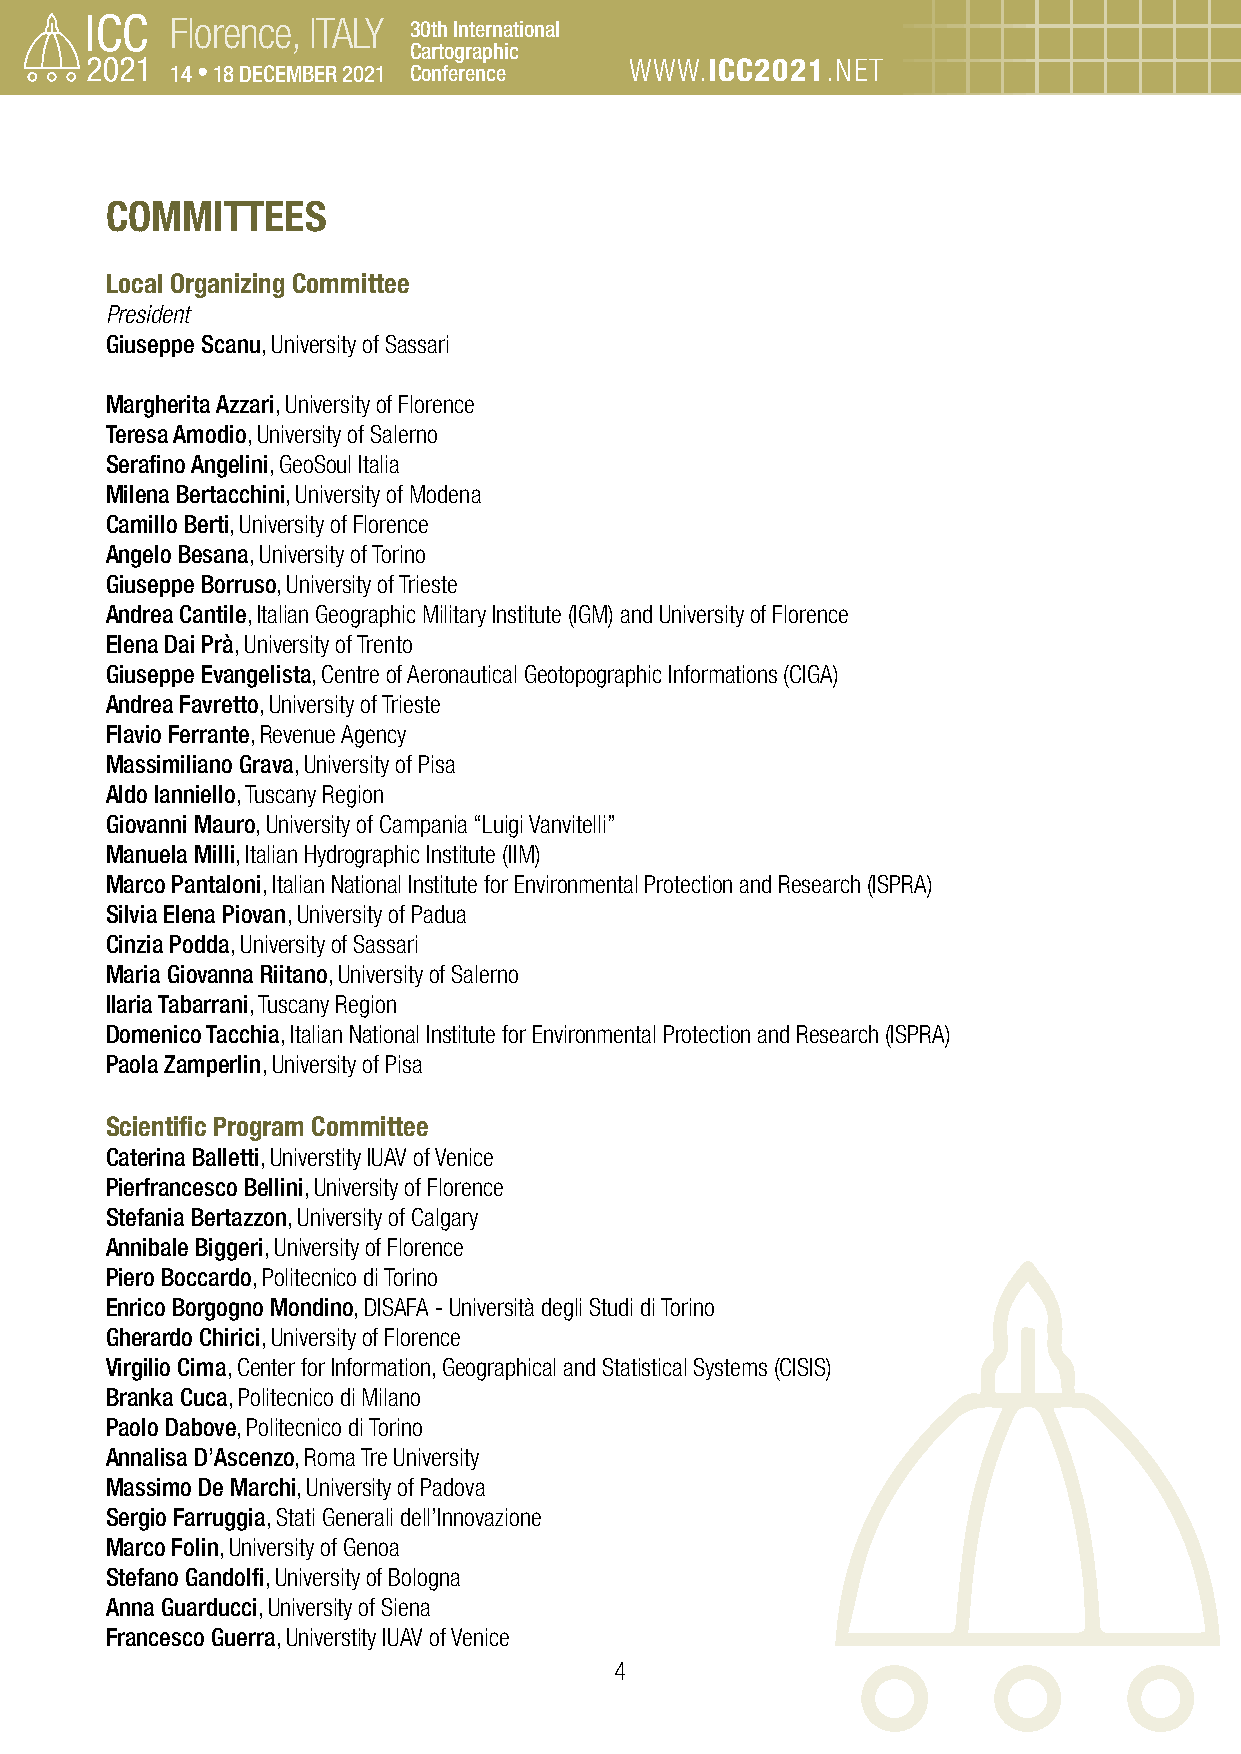
Florence, ITALY 30th International
 Cartographic
 14 • 18 DECEMBER 2021 Conference WWW.ICC2021.NET
 COMMITTEES
 Local Organizing Committee
 President
 Giuseppe Scanu, University of Sassari
 Margherita Azzari, University of Florence
 Teresa Amodio, University of Salerno
 Serafino Angelini, GeoSoul Italia
 Milena Bertacchini, University of Modena
 Camillo Berti, University of Florence
 Angelo Besana, University of Torino
 Giuseppe Borruso, University of Trieste
 Andrea Cantile, Italian Geographic Military Institute (IGM) and University of Florence
 Elena Dai Prà, University of Trento
 Giuseppe Evangelista, Centre of Aeronautical Geotopographic Informations (CIGA)
 Andrea Favretto, University of Trieste
 Flavio Ferrante, Revenue Agency
 Massimiliano Grava, University of Pisa
 Aldo Ianniello, Tuscany Region
 Giovanni Mauro, University of Campania “Luigi Vanvitelli”
 Manuela Milli, Italian Hydrographic Institute (IIM)
 Marco Pantaloni, Italian National Institute for Environmental Protection and Research (ISPRA)
 Silvia Elena Piovan, University of Padua
 Cinzia Podda, University of Sassari
 Maria Giovanna Riitano, University of Salerno
 Ilaria Tabarrani, Tuscany Region
 Domenico Tacchia, Italian National Institute for Environmental Protection and Research (ISPRA)
 Paola Zamperlin, University of Pisa
 Scientific Program Committee
 Caterina Balletti, Universtity IUAV of Venice
 Pierfrancesco Bellini, University of Florence
 Stefania Bertazzon, University of Calgary
 Annibale Biggeri, University of Florence
 Piero Boccardo, Politecnico di Torino
 Enrico Borgogno Mondino, DISAFA - Università degli Studi di Torino
 Gherardo Chirici, University of Florence
 Virgilio Cima, Center for Information, Geographical and Statistical Systems (CISIS)
 Branka Cuca, Politecnico di Milano
 Paolo Dabove, Politecnico di Torino
 Annalisa D’Ascenzo, Roma Tre University
 Massimo De Marchi, University of Padova
 Sergio Farruggia, Stati Generali dell’Innovazione
 Marco Folin, University of Genoa
 Stefano Gandolfi, University of Bologna
 Anna Guarducci, University of Siena
 Francesco Guerra, Universtity IUAV of Venice
 4